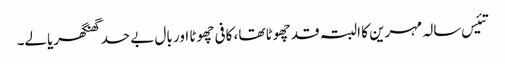
تئیس سالہ مہرین کا البتہ قد چھوٹا تھا، کافی چھوٹا اور بال بے حد گھنگھریالے۔